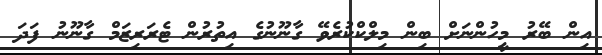
އިން ބޭރު މީހުންނަށް ބިން މިލްކްކުރެވޭ ގާނޫނުގެ އިތުރުން ޓެރަރިޒަމް ގާނޫނު ފަދަ